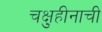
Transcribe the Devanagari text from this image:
चक्षुहीनाची